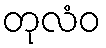
တုလံဝ